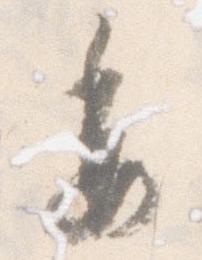
委